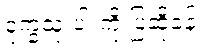
ဒုက္ခသုံးပါးကို ပြဆိုခန်း